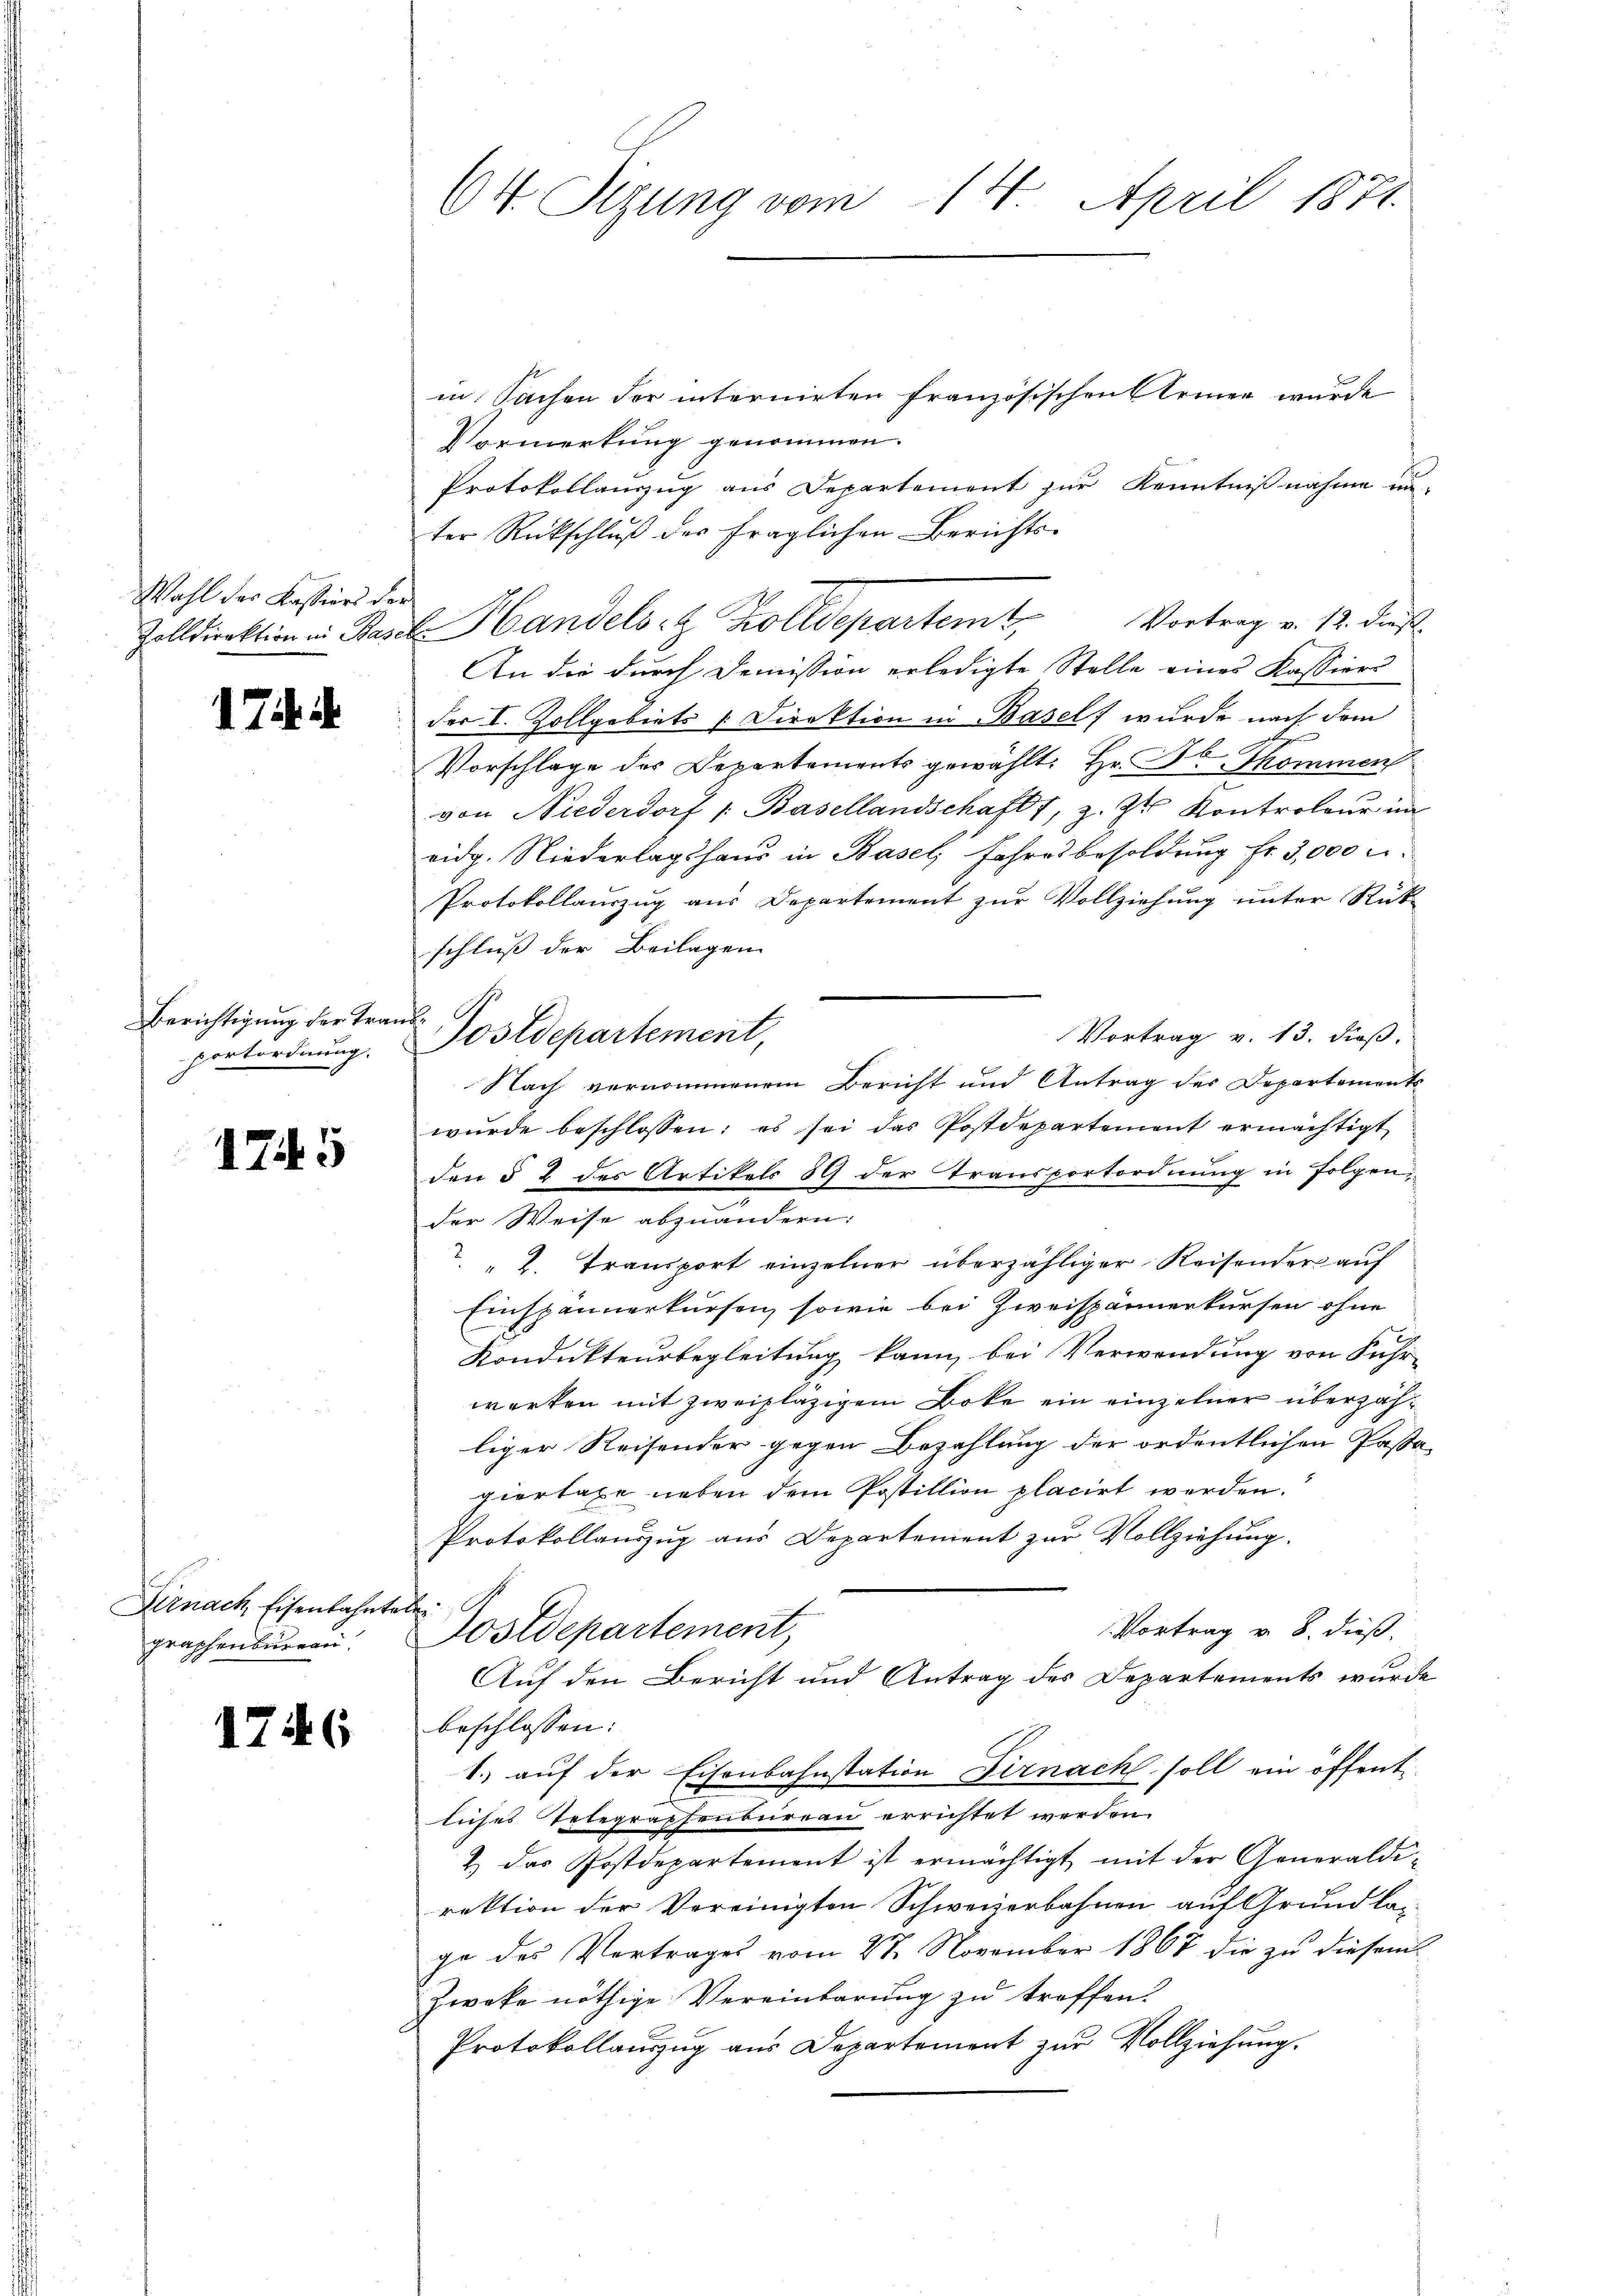
Wahl der Kassiers der

1 Thi

Berichtigung der Traportordnung.

175

Pernach, Eisenbahnte
graphenbureau.

1746

64. Sizung vom 14. April 1871

in Sachen der internirten Französischen Armen wurde
Vormerkung genommen.
Protokollauszug aus Departement zur Kenntnißnahme un-
ter Rückschluß des fraglichen Berichts-
Zolldirektion in Basel Handels- & Zolldepartem Vortrag v. 12. dies
An die durch Demission erledigte Stelle eines Kassiers
der I. Zollgebiets [Direktion in Basel wurde nach dem
Vorschlage des Departaments gewählt: Hr. Dr. Thommen
von Niederdorf /: Basellandschaft, z. Zt. Kontroleur im
eidg. Niederlagshaus in Basel, Jahresbesoldung fr. 3,000 u
Protokollauszug aus Departement zur Vollziehung unter Rückschluß der Beilagen
nd
Vortrag v. 13. dieß.
Nach vernommenem Bericht und Antrag des Departements-
wŭrde beschlossen: es sei das Postdepartement ermächtigt
den § 2 der Artikels 89 der Transportordnung in Folgend
e
der Weise abzuändern:
" 2. Transport einzelner überzähliger Reisender auf
Einspännerkursen, sowie bei Zweispännerkursen ohne
Kondukteurbegleitung kann, bei Verwendung von Fuhr-
werken mit zweifläzigem Bote ein einzelner überzähliger Reisender gegen Bezahlung der ordentlichen Passa-
piertaxe neben dem Postillion placirt werden.
Protokollauszug aus Departement zur Vollziehung.
e
1 Vortrag v. 8. dieß,
ostdepartement,
Auf den Bericht und Antrag des Departements wurde
beschlossen:
1.) auf der Eisenbahnstation Firnach soll ein öffent-
liches Telegraphenbureau errichtet werden.
2 das Postdepartement ist ermächtigt mit der Generaldi-
rektion der Vereinigten Schweizerbahnen auf Grundlag
ge des Vertrages vom 27. November 1867 die zu diesem
Zweke nöthige Vereinbarung zu treffen:
Protokollauszug aus Departement zur Vollziehung.

Postdepartement,